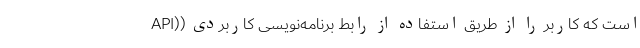
است که کاربر را از طریق استفاده از رابط برنامه‌نویسی کاربردی ((API